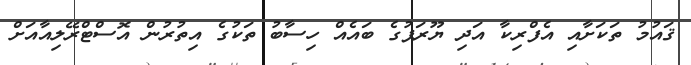
ޤައުމު ތަކަށާއި އެފްރިކާ އަދި ޔޫރަޕުގެ ބައެއް ހިސާބު ތަކުގެ އިތުރުން އޮސްޓްރޭލިއާއަށް